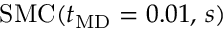
\mathrm { S M C } ( t _ { \mathrm { M D } } = 0 . 0 1 , \, s )